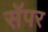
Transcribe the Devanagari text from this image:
सॅपर